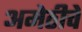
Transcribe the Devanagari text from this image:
अमेठीचे